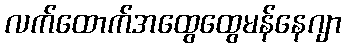
လက်ထောက်အထွေထွေမန်နေဂျာ